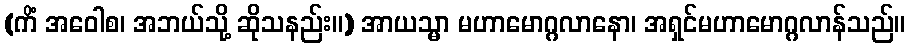
(ကိံ အဝေါစ၊ အဘယ်သို့ ဆိုသနည်း။) အာယသ္မာ မဟာမောဂ္ဂလာနော၊ အရှင်မဟာမောဂ္ဂလာန်သည်။